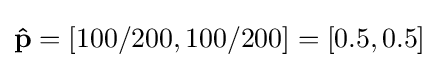
\mathbf {\hat {p}} =[100/200,100/200]=[0.5,0.5]